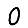
Digit: 0